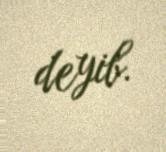
deyib.